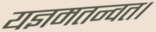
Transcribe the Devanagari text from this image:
यज्ञमतन्वत।